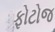
ફોટોજ